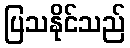
ပြသနိုင်သည်